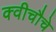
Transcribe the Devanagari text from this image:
क्वीचौचे